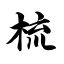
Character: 梳